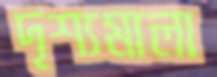
দৃশ্যমালা